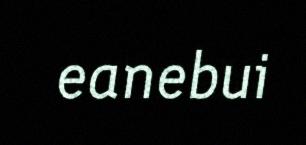
eanebui